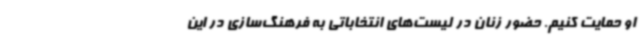
او حمایت کنیم. حضور زنان در لیست‌های انتخاباتی به فرهنگ‌سازی در این